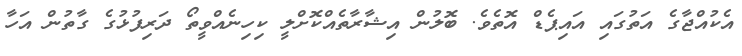
އެކުއްޖާގެ އަތުގައި އައިޕެޑް އޮތެވެ. ބޮލުން އިޝާރާތެއްކޮށްލީ ކިހިނެއްވީތޯ ދަރިފުޅުގެ ގާތުން އަހާ